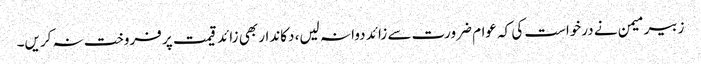
زبیر میمن نے درخواست کی کہ عوام ضرورت سے زائد دوا نہ لیں، دکاندار بھی زائد قیمت پر فروخت نہ کریں۔